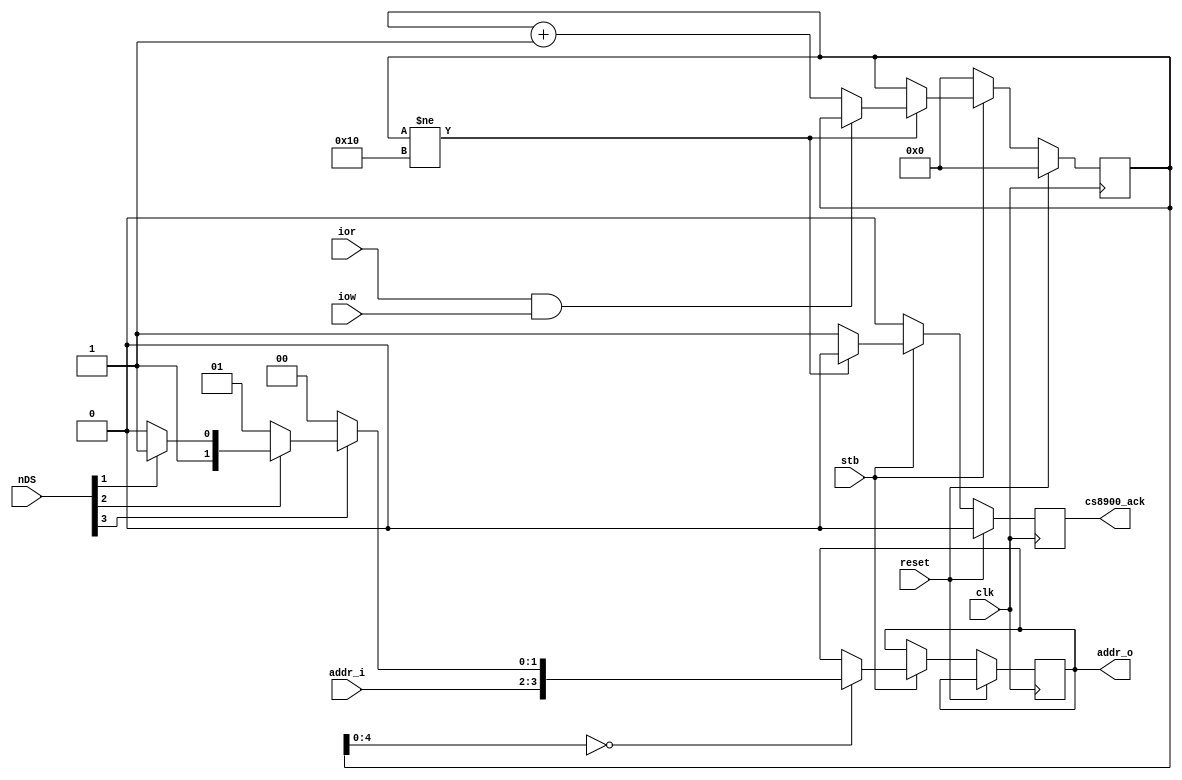
module cs8900a_8bit (
	clk, reset, stb, ior, iow, addr_i, nDS, addr_o, cs8900_ack
);

input clk;
input reset;
input stb;
input ior, iow;

input [3:0] nDS;
input [1:0] addr_i;
output reg [3:0] addr_o;

output reg cs8900_ack;


wire [1:0] subaddr;

// convert nDS [3:0] strobes into low address lines A1, A0
assign subaddr [1:0] = nDS [3] ? (nDS [2] ? (nDS [1] ? 2'b11 : 2'b10) : 2'b01) : 2'b00;

//assign addr_o [3:0] = {addr_i [1:0], subaddr [1:0]};


//assign addr_o [3:0] = {addr_i [1:0], subaddr [1:0]};

// IORW low to SD valid is max 135ns, need to delay ack
parameter TIOR3 = 6'd16; //4'd14;
reg [5:0] ticks;


always @(posedge clk) begin
	if (reset) begin
		cs8900_ack <= 1'b0;
		ticks [5:0] <= 6'b0;
	end
	else begin
	
	//	addr_o [3:0] <= {addr_i [1:0], subaddr [1:0]};
	
	
	
		
		if (stb) begin
//		if (~(ior & iow)) begin
			if (ticks [4:0] == 5'd0)
				addr_o [3:0] <= {addr_i [1:0], subaddr [1:0]};
			if (ticks [5:0] != TIOR3) begin
				if (~(ior & iow)) begin
					ticks [5:0] <= ticks [5:0] + 6'b1;
				end;
				cs8900_ack <= 1'b0;
			end
			else
				cs8900_ack <= 1'b1;
		end
		else begin
			ticks [5:0] <= 6'b0;
			cs8900_ack <= 1'b0;
		end
	
	end
	
end

endmodule